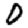
Digit: 0